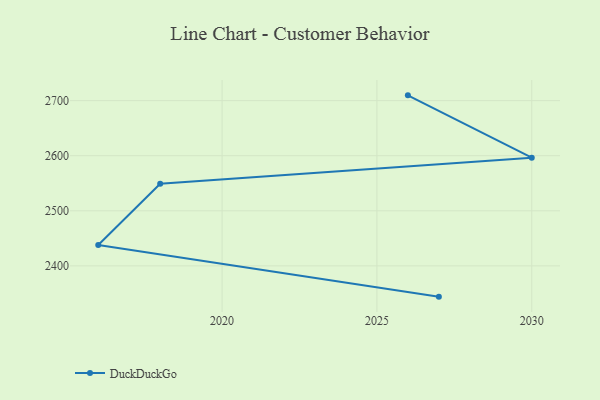
{"axis": {"x": "Year", "y": "Latency (ms)"}, "legend": ["DuckDuckGo"], "data": [{"x": "2026", "y": 2709.6, "type": "DuckDuckGo"}, {"x": "2030", "y": 2596.4, "type": "DuckDuckGo"}, {"x": "2018", "y": 2549.0, "type": "DuckDuckGo"}, {"x": "2016", "y": 2437.8, "type": "DuckDuckGo"}, {"x": "2027", "y": 2344.1, "type": "DuckDuckGo"}]}